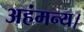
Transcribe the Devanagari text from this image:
अहंमन्य।